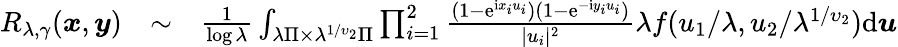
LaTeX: \begin{array}{rlr}{R_{\lambda,\gamma}(\boldsymbol{x},\boldsymbol{y})}&{\sim}&{\frac{1}{\log\lambda}\int_{\lambda\Pi\times\lambda^{1/\upsilon_{2}}\Pi}\prod_{i=1}^{2}\frac{(1-\mathrm e^{\mathrm ix_{i}u_{i}})(1-\mathrm e^{-\mathrm iy_{i}u_{i}})}{|u_{i}|^{2}}\lambda f(u_{1}/\lambda,u_{2}/\lambda^{1/\upsilon_{2}})\mathrm d\boldsymbol{u}}\end{array}